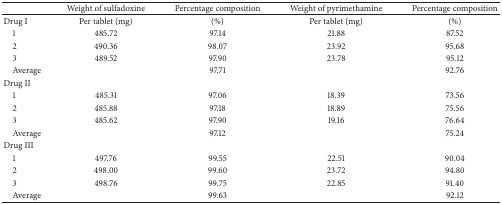
|  | Weight of sulfadoxine | Percentage composition | Weight of pyrimethamine | Percentage composition |
 | --- | --- | --- | --- | --- |
 | Drug I | Per tablet (mg) | (%) | Per tablet (mg) | (%) |
 | 1 | 485.72 | 97.14 | 21.88 | 87.52 |
 | 2 | 490.36 | 98.07 | 23.92 | 95.68 |
 | 3 | 489.52 | 97.90 | 23.78 | 95.12 |
 | Average |  | 97.71 |  | 92.76 |
 | Drug II |  |  |  |  |
 | 1 | 485.31 | 97.06 | 18.39 | 73.56 |
 | 2 | 485.88 | 97.18 | 18.89 | 75.56 |
 | 3 | 485.62 | 97.90 | 19.16 | 76.64 |
 | Average |  | 97.12 |  | 75.24 |
 | Drug III |  |  |  |  |
 | 1 | 497.76 | 99.55 | 22.51 | 90.04 |
 | 2 | 498.00 | 99.60 | 23.72 | 94.80 |
 | 3 | 498.76 | 99.75 | 22.85 | 91.40 |
 | Average |  | 99.63 |  | 92.12 |